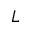
L